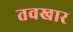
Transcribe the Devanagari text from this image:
तवखार